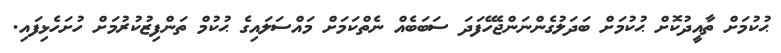
ޙުކުމަށް ތާއީދުކޮށް ޙުކުމަށް ބަދަލުގެންނަންޖެހޭފަދަ ސަބަބެއް ނެތްކަމަށް މައްސަލައިގެ ޙުކުމް ތަންފިޒުކުރުމަށް ހުށަހެޅިފައި.